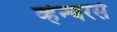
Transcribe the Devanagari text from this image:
व्हेन्चरर्स